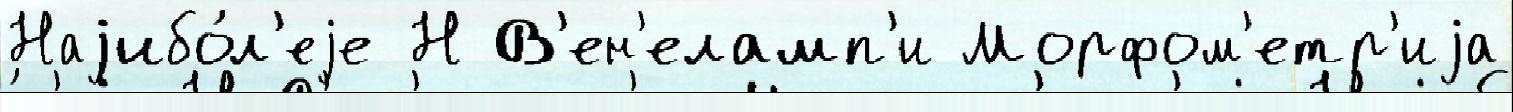
Наjибо́л'еjе Н В'ен'еламп'и Морфом'етр'иjа